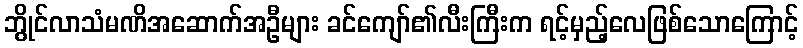
ဘွိုင်လာသံမဏိအဆောက်အဦများ ခင်ကျော်၏လီးကြီးက ရင့်မှည့်လေဖြစ်သောကြောင့်